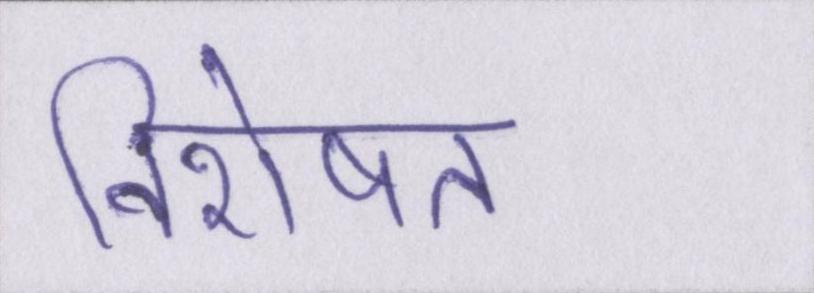
विशेषत